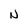
Character: N